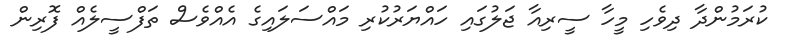
ކުރަމުންދާ ދިވެހި މީހާ ސީރިއާ ޖަލުގައި ހައްޔަރުކުރި މައްސަލައިގެ އެއްވެސް ތަފްސީލެއް ފޮރިން